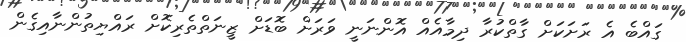
ގައްބެ އެ ރަށަކަށް ގާތްކުރާ ދިމާއެއް އޮންނަނީ ވަރަށް ބޮޑަށް ޒީނަތްތެރިކޮށް ރައްޔިތުންނާއިގެން